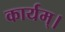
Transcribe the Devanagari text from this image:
कार्यम्।